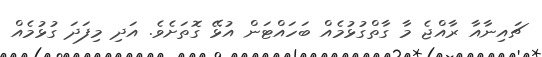
ޗައިނާއާ ރާއްޖެ މާ ގާތްގުޅުމެއް ބަހައްޓަން އުޅޭ ގޮތަށެވެ. އަދި މިފަދަ ގުޅުމެއް